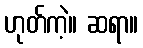
ဟုတ်ကဲ့။ ဆရာ။